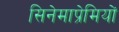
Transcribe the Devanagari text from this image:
सिनेमाप्रेमियों